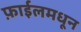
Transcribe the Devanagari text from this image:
फ़ाईलमधून